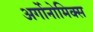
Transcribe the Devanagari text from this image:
अर्गोनोमिक्स